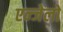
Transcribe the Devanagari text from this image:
एन्जेलो